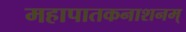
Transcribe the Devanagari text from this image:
महापातकनाशनम्‌